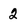
Character: 2